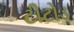
ટીટોડ